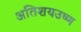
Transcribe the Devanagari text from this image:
अतिशयउष्ण